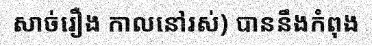
សាច់រឿង កាលនៅរស់) បាននឹងកំពុង